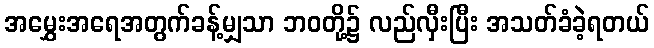
အမွှေးအရေအတွက်ခန့်မျှသာ ဘဝတို့၌ လည်လှီးပြီး အသတ်ခံခဲ့ရတယ်